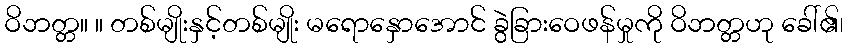
ဝိဘတ္တ။ ။ တစ်မျိုးနှင့်တစ်မျိုး မရောနှောအောင် ခွဲခြားဝေဖန်မှုကို ဝိဘတ္တဟု ခေါ်၏၊